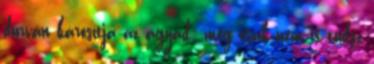
durván károsítja az agyad: még csak nem is tudsz